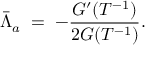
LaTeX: \bar { \Lambda } _ { a } \; = \; - \frac { G ^ { \prime } ( T ^ { - 1 } ) } { 2 G ( T ^ { - 1 } ) } .